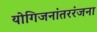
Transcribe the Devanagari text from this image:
योगिजनांतररंजना